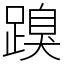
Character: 䠗